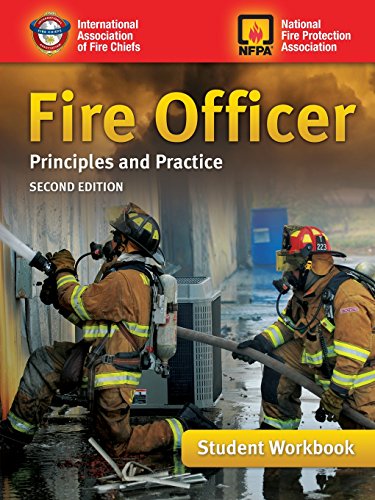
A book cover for Fire Officer: Principles And Practice, Student Workbook; IAFC; Law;